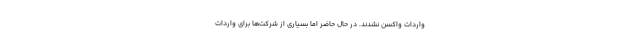
واردات واکسن نشدند. در حال حاضر اما بسیاری از شرکت‌ها برای واردات